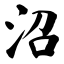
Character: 沼